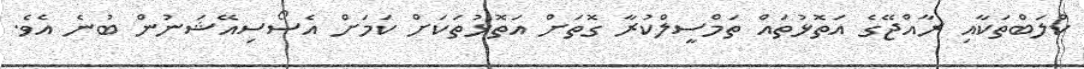
ކްލަބްތަކާއި ރާއްޖޭގެ އަތޮޅުތައް ތަމްސީލްކުރާ ގޮތަށް އަތޮޅުތަކަށް ކަމަށް އެސޯސިއޭޝަނުން ބުނެ އެވެ.